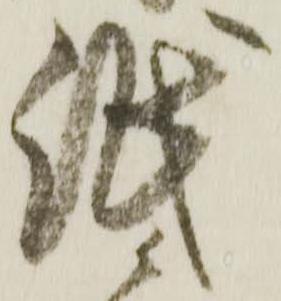
紙